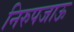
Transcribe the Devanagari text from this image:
निरुपजाऊ